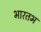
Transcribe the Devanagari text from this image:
भारतभ